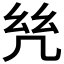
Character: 𢆻